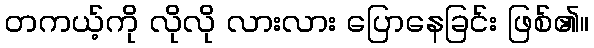
တကယ့်ကို လိုလို လားလား ပြောနေခြင်း ဖြစ်၏။